Indian journal of veterinary science and animal husbandry - Volume 14,
Year: 1944
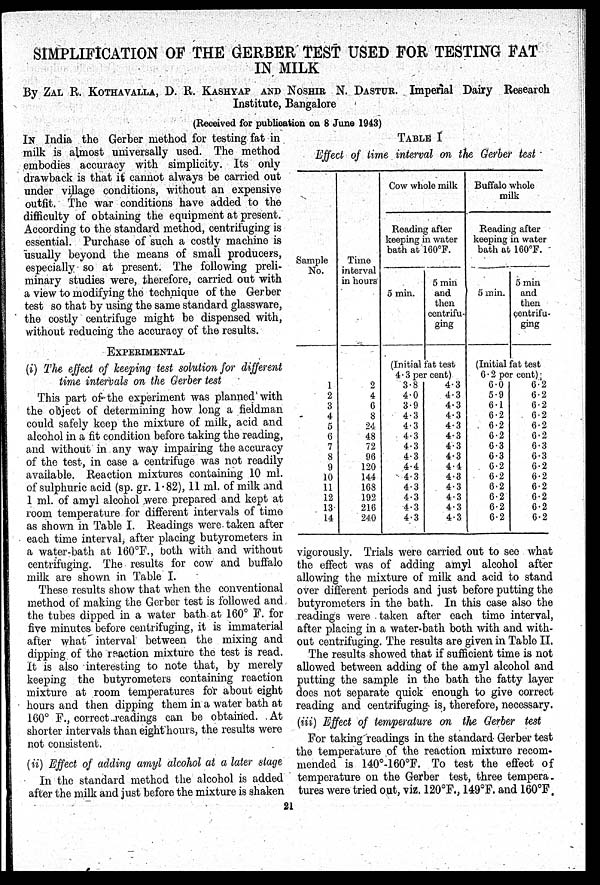
SIMPLIFICATION OF THE GERBER TEST USED FOR TESTING FAT
IN MILK
By ZAL R. KOTHAVALLA, D. R. KASHYAP AND NOSHIR N. DASTUR. Imperial Dairy Research
Institute, Bangalore
(Received for publication on 8 June 1943)
IN India the Gerber method for testing fat in
milk is almost universally used. The method
embodies accuracy with simplicity. Its only
drawback is that it cannot always be carried out
under village conditions, without an expensive
outfit. The war conditions have added to the
difficulty of obtaining the equipment at present.
According to the standard method, centrifuging is
essential. Purchase of such a costly machine is
usually beyond the means of small producers,
especially so at present. The following preli-
minary studies were, therefore, carried out with
a view to modifying the technique of the Gerber
test so that by using the same standard glassware,
the costly centrifuge might be dispensed with,
without reducing the accuracy of the results.
EXPERIMENTAL
(i) The effect of keeping test solution for different
time intervals on the Gerber test
This part of the experiment was planned with
the object of determining how long a fieldman
could safely keep the mixture of milk, acid and
alcohol in a fit condition before taking the reading,
and without in any way impairing the accuracy
of the test, in case a centrifuge was not readily
available. Reaction mixtures containing 10 ml.
of sulphuric acid (sp. gr. 1.82), 11 ml. of milk and
1 ml. of amyl alcohol were prepared and kept at
room temperature for different intervals of time
as shown in Table I. Readings were taken after
each time interval, after placing butyrometers in
a water-bath at 160°F., both with and without
centrifuging. The results for cow and buffalo
milk are shown in Table I.
These results show that when the conventional
method of making the Gerber test is followed and
the tubes dipped in a water bath at 160° F. for
five minutes before centrifuging, it is immaterial
after what interval between the mixing and
dipping of the reaction mixture the test is read.
It is also interesting to note that, by merely
keeping the butyrometers containing reaction
mixture at room temperatures for about eight
hours and then dipping them in a water bath at
160° F., correct readings can be obtained. At
shorter intervals than eight hours, the results were
not consistent.
(ii) Effect of adding amyl alcohol at a later stage
In the standard method the alcohol is added
after the milk and just before the mixture is shaken
vigorously. Trials were carried out to see what
the effect was of adding amyl alcohol after
allowing the mixture of milk and acid to stand
over different periods and just before putting the
butyrometers in the bath. In this case also the
readings were taken after each time interval,
after placing in a water bath both with and with-
out centrifuging. The results are given in Table II.
The results showed that if sufficient time is not
allowed between adding of the amyl alcohol and
putting the sample in the bath the fatty layer
does not separate quick enough to give correct
reading and centrifuging is, therefore, necessary.
(iii) Effect of temperature on the Gerber test
For taking readings in the standard Gerber test
the temperature of the reaction mixture recom-
mended is 140°-160°F. To test the effect of
temperature on the Gerber test, three tempera-
tures were tried out, viz. 120°F., 149°F. and 160°F.
TABLE I
Effect of time interval on the Gerber test
Sample
No.
1
2
3
4
5
6
7
8
9
10
11
12
13
14
Time
interval
in hours
2
4
6
8
24
48
72
96
120
144
168
192
216
240
Cow whole milk
Reading after
keeping in water
bath at 160°F.
5 min.
5 min
and
then
centrifu-
ging
(Initial fat test
4.3 per cent)
3.8
4.0
3.9
4.3
4.3
4.3
4.3
4.3
4.4
4.3
4.3
4.3
4.3
4.3
4.3
4.3
4.3
4.3
4.3
4.3
4.3
4.3
4.4
4.3
4.3
4.3
4.3
4.3
Buffalo whole
milk
Reading after
keeping in water
bath at 160°F.
5 min.
5 min
and
then
centrifu-
ging
(Initial fat test
6.2 per cent);
6.0
5.9
6.1
6.2
6.2
6.2
6.3
6.3
6.2
6.2
6.2
6.2
6.2
6.2
6.2
6.2
6.2
6.2
6.2
6.2
6.3
6.3
6.2
6.2
6.2
6.2
6.2
6.2
21